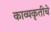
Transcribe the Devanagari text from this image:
काव्यकृतीचे